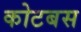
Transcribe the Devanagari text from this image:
कोटबस